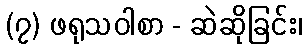
(၇) ဖရုသဝါစာ - ဆဲဆိုခြင်း၊